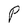
Character: P